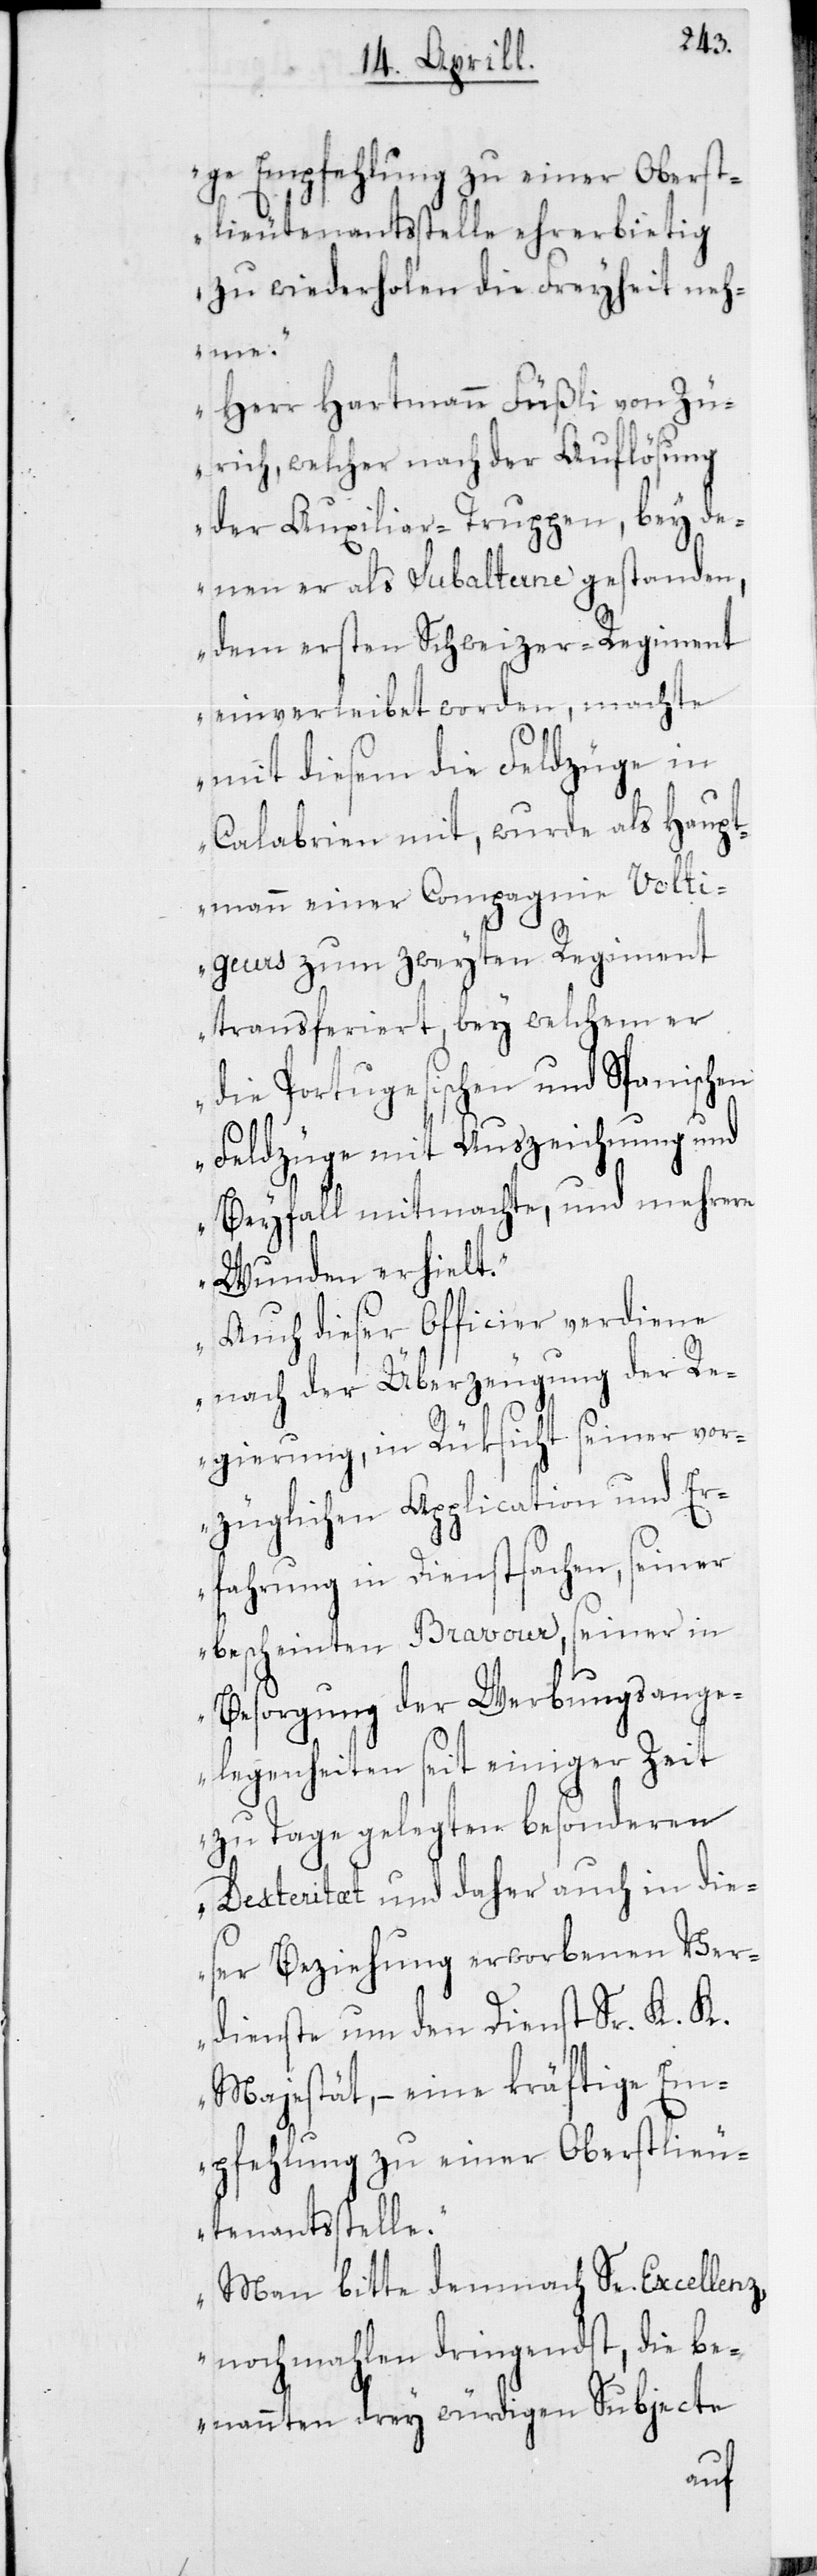
ge Empfehlung zu einer Oberst¬
lieutenantstelle ehrerbietig
zu wiederholen die Freyheit neh¬
me.
Herr Hartmann Füßli von Zü¬
rich, welcher nach der Auflösung
der Auxiliar-Truppen, bey de¬
nen er als Subalterne gestanden,
dem ersten Schweizer-Regiment
einverleibet worden, machte
mit diesem die Feldzüge in
Calabrien mit, wurde als Haupt¬
mann einer Compagnie Volti¬
geurs zum zweyten Regiment
transferiert, bey welchem er
die Portugesischen und Spanischen
Feldzüge mit Auszeichnung und
Beyfall mitmachte, und mehrere
Wunden erhielt.
Auch dieser Officier verdiene
nach der Überzeugung der Re¬
gierung, in Rüksicht seiner vor¬
züglichen Application und Er¬
fahrung in Dienstsachen, seiner
bescheinten Bravour, seiner in
Besorgung der Werbungsange¬
legenheiten seit einiger Zeit
zu Tage gelegten besonderen
Dexteritæt und daher auch in die¬
ser Beziehung erworbenen Ver¬
dienste um den Dienst Sr. K. K.
Majestät, – eine kräftige Em¬
pfehlung zu einer Oberstlieu¬
tenantsstelle.
Man bitte demnach Se. Excellenz
nochmahlen dringendst, die be¬
nannten drey würdigen Subjecte